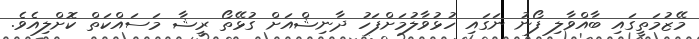
މޭޒުމަތީގައި ބާއްވާލި ފޯނު ނަގައި ހުޅުވާލުމަށްފަހު ދާނިޝްއަށް ގުޅޭތޯ ރީޝާ މަސައްކަތް ކޮށްލިއެވެ.